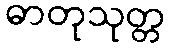
ဓာတုသုတ္တ